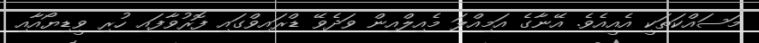
މަސައްކަތަކީ އެއީއެވެ. އޭނާގެ އަމިއްލަ މެއިލްއިން ވަދެވޭ ޑްރައިވްގައި ފޮރުވާފައި ހުރި ވީޑިޔޯއާއި